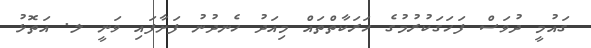
ގައުމީ ދުވަސް ފަހަގަކުރުމުގެ ހަރަކާތްތައް މިއަދު ހެނދުނު ފަށާފައި ވަނީ ލ. އަތޮޅު